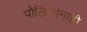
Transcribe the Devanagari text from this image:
पोलिसांनाही